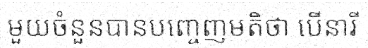
មួយចំនួនបានបញ្ចេញមតិថា បើនារី